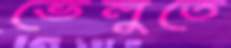
ভেলুতে